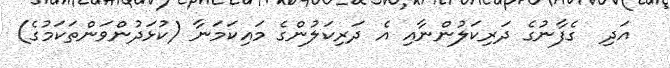
އަދި  ގެފާނުގެ ދަރިކަލުންނާއި އެ ދަރިކަލުންގެ މައިކަމަނާ (ކުޅަދުންވަންތަކަމުގެ)